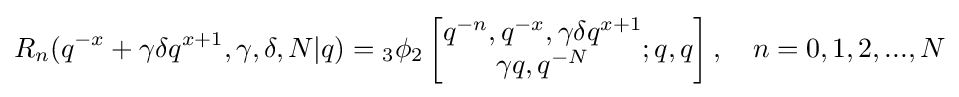
R_{n}(q^{-x}+\gamma \delta q^{x+1},\gamma ,\delta ,N|q)={}_{3}\phi _{2}\left[{\begin{matrix}q^{-n},q^{-x},\gamma \delta q^{x+1}\\\gamma q,q^{-N}\end{matrix}};q,q\right],\quad n=0,1,2,...,N